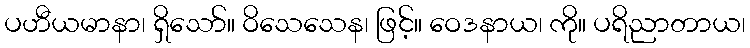
ပဟီယမာနာ၊ ရှိသော်။ ဝိသေသေန၊ ဖြင့်။ ဝေဒနာယ၊ ကို။ ပရိညာတာယ၊